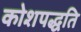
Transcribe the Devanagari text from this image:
कोशपद्धति